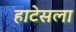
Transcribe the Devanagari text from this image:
हाटेसला